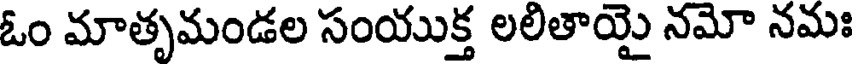
ఓం మాతృమండల సంయుక్త లలితాయై నమో నమః